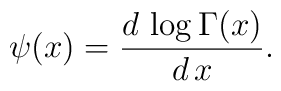
\psi(x)=\frac{d\, \log\Gamma(x)}{d\,x} .